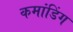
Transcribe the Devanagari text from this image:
कमांडिंग